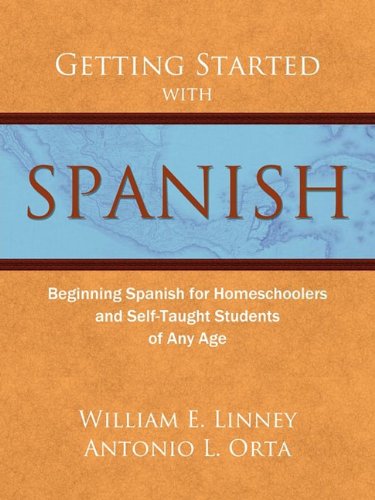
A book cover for Getting Started with Spanish: Beginning Spanish for Homeschoolers and Self-Taught Students of Any Age (homeschool Spanish, teach yourself Spanish, learn Spanish at home); William E. Linney; Education & Teaching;